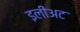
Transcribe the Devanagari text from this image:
इलीअट